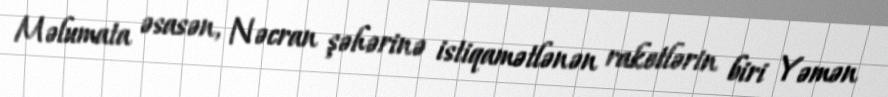
Məlumata əsasən, Nəcran şəhərinə istiqamətlənən raketlərin biri Yəmən